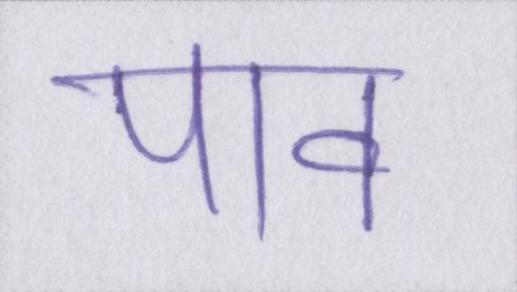
पाव